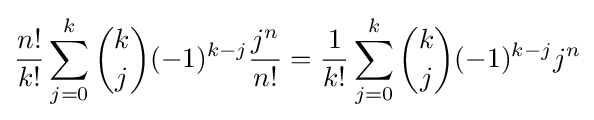
{\frac {n!}{k!}}\sum _{j=0}^{k}{k \choose j}(-1)^{k-j}{\frac {j^{n}}{n!}}={\frac {1}{k!}}\sum _{j=0}^{k}{k \choose j}(-1)^{k-j}j^{n}